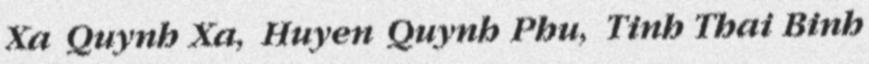
Xa Quynh Xa, Huyen Quynh Phu, Tinh Thai Binh